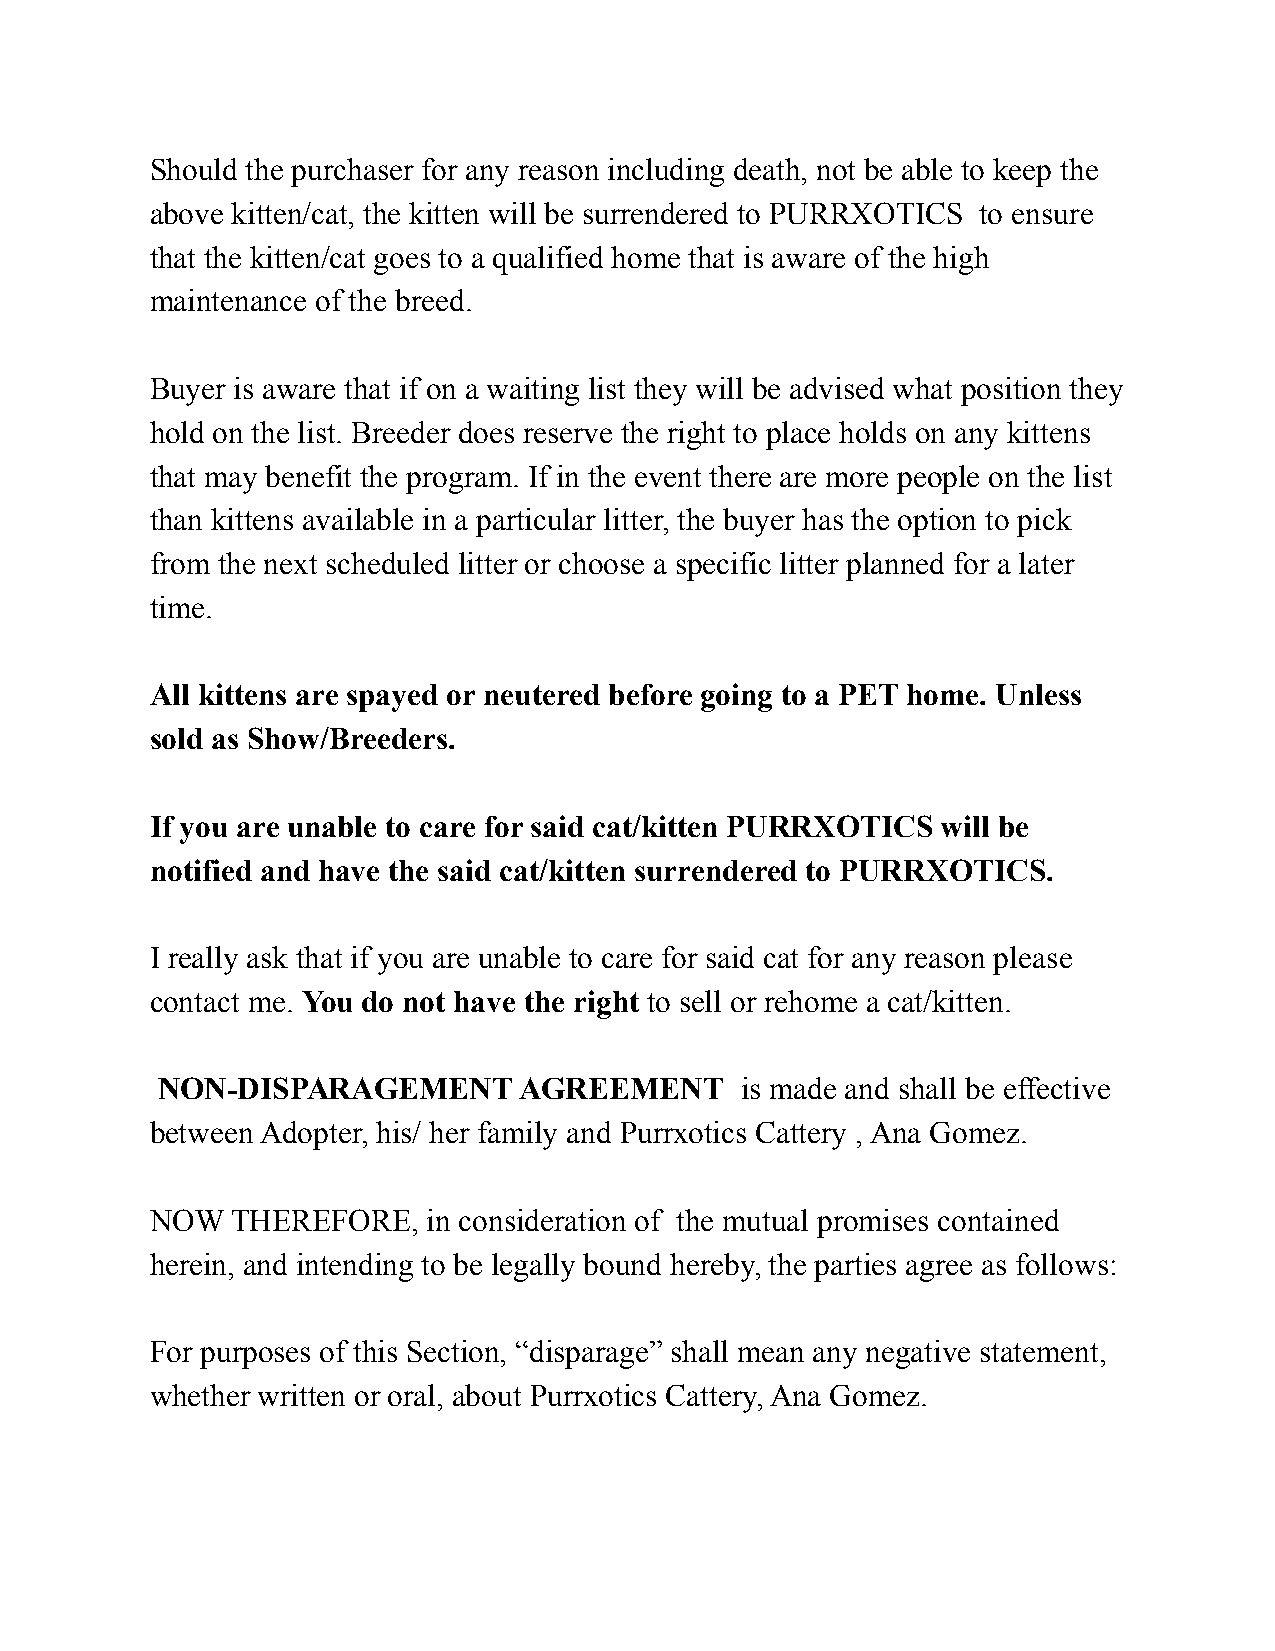
Should the purchaser for any reason including death, not be able to keep the
 above kitten/cat, the kitten will be surrendered to PURRXOTICS to ensure
 that the kitten/cat goes to a qualified home that is aware of the high
 maintenance of the breed.
 Buyer is aware that if on a waiting list they will be advised what position they
 hold on the list. Breeder does reserve the right to place holds on any kittens
 that may benefit the program. If in the event there are more people on the list
 than kittens available in a particular litter, the buyer has the option to pick
 from the next scheduled litter or choose a specific litter planned for a later
 time.
 All kittens are spayed or neutered before going to a PET home. Unless
 sold as Show/Breeders.
 If you are unable to care for said cat/kitten PURRXOTICS will be
 notified and have the said cat/kitten surrendered to PURRXOTICS.
 I really ask that if you are unable to care for said cat for any reason please
 contact me. You do not have the right to sell or rehome a cat/kitten.
 NON-DISPARAGEMENT       AGREEMENT      is made and shall be effective
 between Adopter, his/ her family and Purrxotics Cattery , Ana Gomez.
 NOW  THEREFORE,   in consideration of the mutual promises contained
 herein, and intending to be legally bound hereby, the parties agree as follows:
 For purposes of this Section, “disparage” shall mean any negative statement,
 whether written or oral, about Purrxotics Cattery, Ana Gomez.